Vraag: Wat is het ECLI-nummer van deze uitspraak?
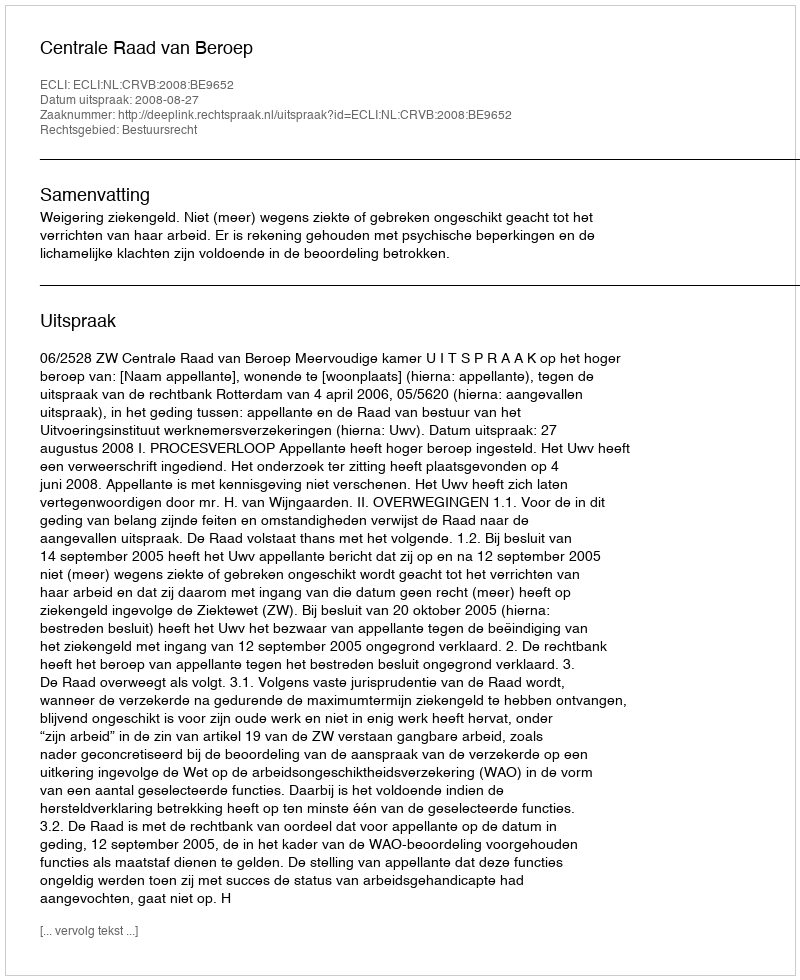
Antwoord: ECLI:NL:CRVB:2008:BE9652